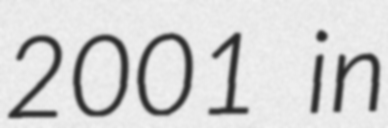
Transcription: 2001 in